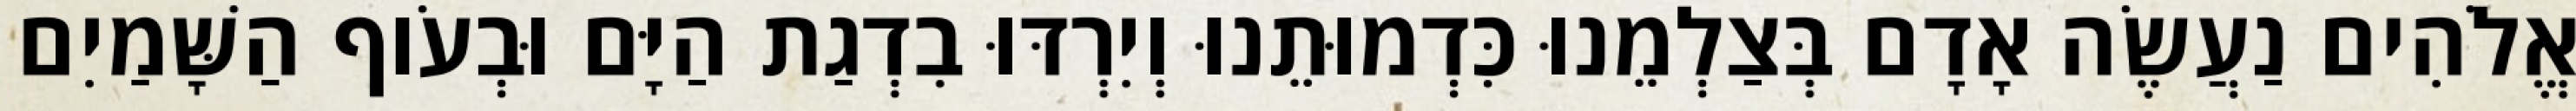
אֱלֹהִים נַעֲשֶׂה אָדָם בְּצַלְמֵנוּ כִּדְמוּתֵנוּ וְיִרְדּוּ בִדְגַת הַיָּם וּבְעֹוף הַשָּׁמַיִם